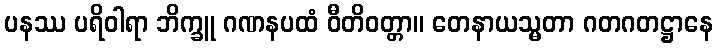
ပနဿ ပရိဝါရာ ဘိက္ခူ ဂဏနပထံ ဝီတိဝတ္တာ။ တေနာယသ္မတာ ဂတဂတဋ္ဌာနေ